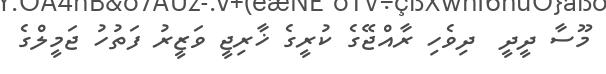
މޫސާ ދީދީ  ދިވެހި ރާއްޖޭގެ ކުރީގެ ޚާރިޖީ ވަޒީރު ފަތުހު ޖަމީލްގެ